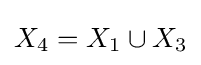
X_{4}=X_{1}\cup X_{3}